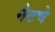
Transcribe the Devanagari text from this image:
नेटचे